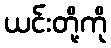
ယင်းတို့ကို